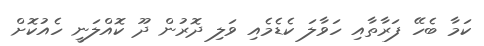
ކަމާ ބެހޭ ފަރާތާއި ހަވާލަ ކެޑެމެއި ވަލި ދޮރުން ދޫ ކޮއްލަނީ ހެއުކޮށް